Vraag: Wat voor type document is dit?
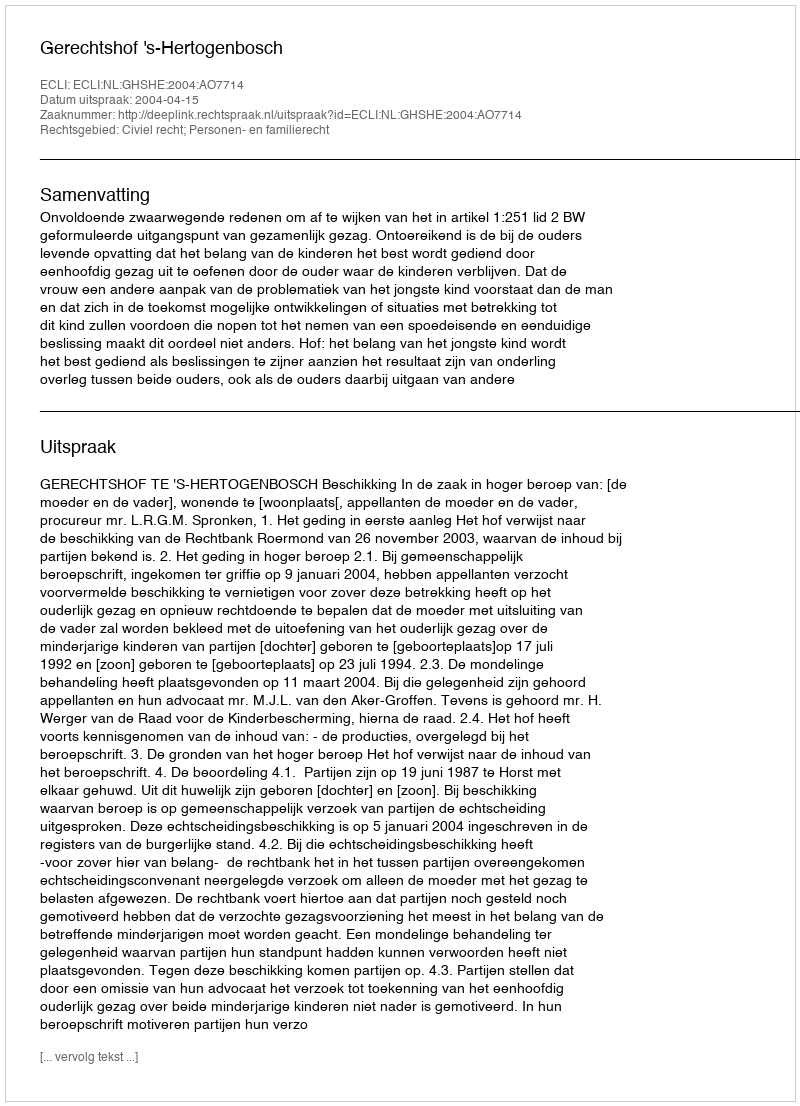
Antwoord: Uitspraak